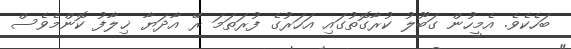
ބަހެކެވެ. އެމީހުން ގަބޫލު ކުރާގޮތުގައި އަހަރުގެ ފުރަތަމަ ރޭ އާދަޔާ ޚިލާފު ކޮންމެވެސް